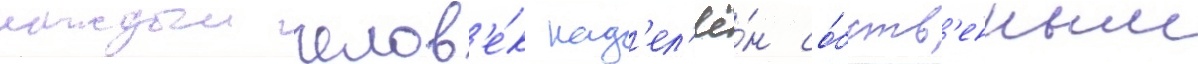
каждыи челов'е́к над'ел'ё́н со́бств'енным